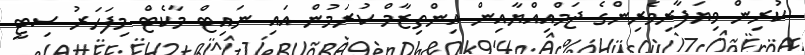
ކުރިން ވިޔަފާރިވެރިންގެ ޖަމްއިއްޔާއިން އިންތިޒާމް ކުރަމުން އައި ނައިޓް މާކެޓް މިފަހަރު ސިޓީ